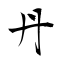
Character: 丹